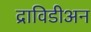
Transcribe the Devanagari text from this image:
द्राविडीअन